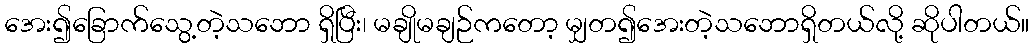
အေး၍ခြောက်သွေ့တဲ့သဘော ရှိပြီး၊ မချိုမချဉ်ကတော့ မျှတ၍အေးတဲ့သဘောရှိတယ်လို့ ဆိုပါတယ်။